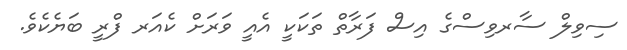
ސިވިލް ސާރވިސްގެ އިސް ފަރާތް ތަކަކީ އެއީ ވަރަށް ކެއަރ ފްރީ ބަޔެކެވެ.